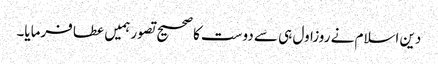
دین اسلام نے روزاول ہی سے دوست کا صحیح تصور ہمیں عطا فرمایا۔